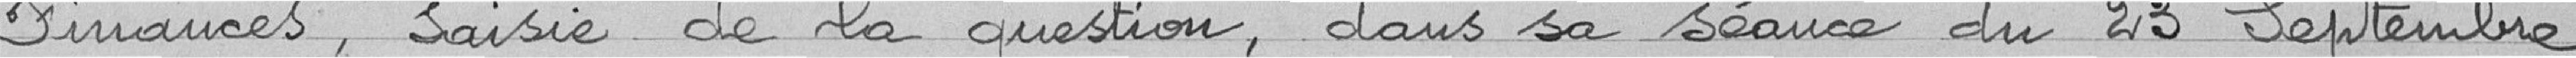
finances, saisie de la question, dans sa séance du 23 septembre